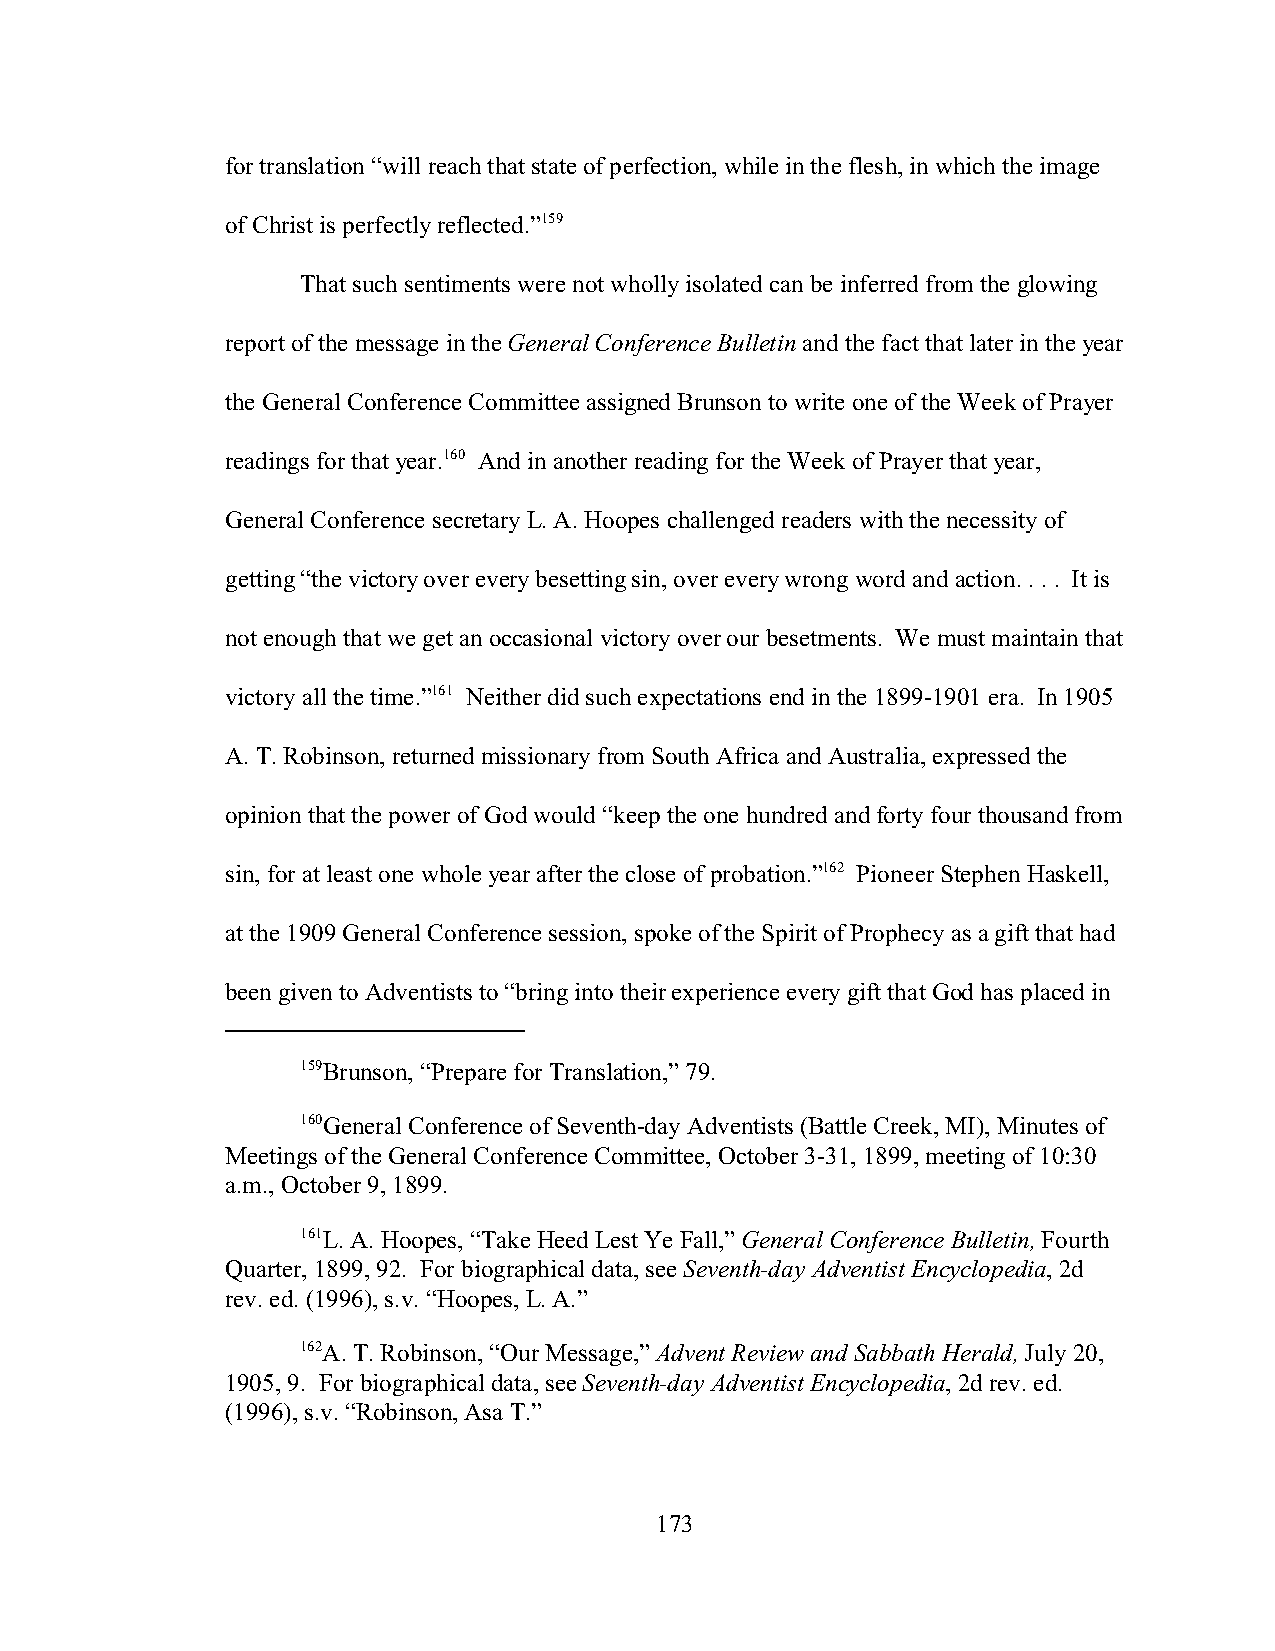
for translation “will reach that state of perfection, while in the flesh, in which the image
 of Christ is perfectly reflected.”159
 That such sentiments were not wholly isolated can be inferred from the glowing
 report of the message in the General Conference Bulletin and the fact that later in the year
 the General Conference Committee assigned Brunson to write one of the Week of Prayer
 readings for that year.160 And in another reading for the Week of Prayer that year,
 General Conference secretary L. A. Hoopes challenged readers with the necessity of
 getting “the victory over every besetting sin, over every wrong word and action. . . . It is
 not enough that we get an occasional victory over our besetments. We must maintain that
 victory all the time.”161 Neither did such expectations end in the 1899-1901 era. In 1905
 A. T. Robinson, returned missionary from South Africa and Australia, expressed the
 opinion that the power of God would “keep the one hundred and forty four thousand from
 sin, for at least one whole year after the close of probation.”162 Pioneer Stephen Haskell,
 at the 1909 General Conference session, spoke of the Spirit of Prophecy as a gift that had
 been given to Adventists to “bring into their experience every gift that God has placed in
 159Brunson, “Prepare for Translation,” 79.
 160General Conference of Seventh-day Adventists (Battle Creek, MI), Minutes of
 Meetings of the General Conference Committee, October 3-31, 1899, meeting of 10:30
 a.m., October 9, 1899.
 161L. A. Hoopes, “Take Heed Lest Ye Fall,” General Conference Bulletin, Fourth
 Quarter, 1899, 92. For biographical data, see Seventh-day Adventist Encyclopedia, 2d
 rev. ed. (1996), s.v. “Hoopes, L. A.”
 162A. T. Robinson, “Our Message,” Advent Review and Sabbath Herald, July 20,
 1905, 9. For biographical data, see Seventh-day Adventist Encyclopedia, 2d rev. ed.
 (1996), s.v. “Robinson, Asa T.”
 173